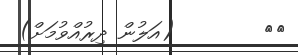
٢٠        (އަލުން ދިރުއްވުމަށް)